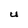
Character: U